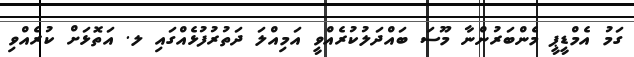
ގަމު އެމްޑީޕީ މެންބަރުންނާ މޫސަ ބައްދަލުކުރެއްވީ އަމިއްލަ ދަތުރުފުޅެއްގައި ލ. އަތޮޅަށް ކުރެއްވި